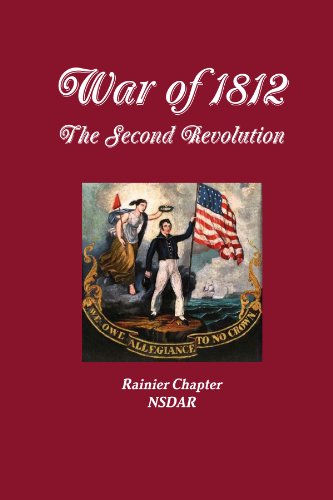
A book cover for War Of 1812 - The Second Revolution; Rainier Chapter; History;